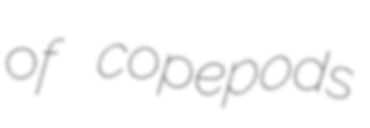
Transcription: of copepods